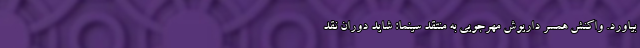
بیاورد. واکنش همسر داریوش مهرجویی به‌ منتقد سینما: شاید دوران نقد